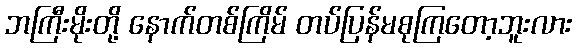
ဘကြီးမိုးတို့ နောက်တစ်ကြိမ် တပ်ပြန်မစုကြတော့ဘူးလား